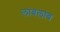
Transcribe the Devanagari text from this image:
लांबलांब